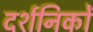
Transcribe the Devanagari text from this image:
दर्शनिकों